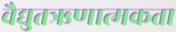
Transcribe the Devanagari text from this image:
वैद्युतऋणात्मकता